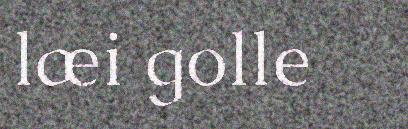
læi golle